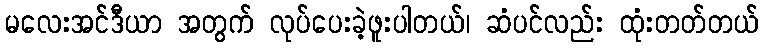
မလေးအင်ဒီယာ အတွက် လုပ်ပေးခဲ့ဖူးပါတယ်၊ ဆံပင်လည်း ထုံးတတ်တယ်